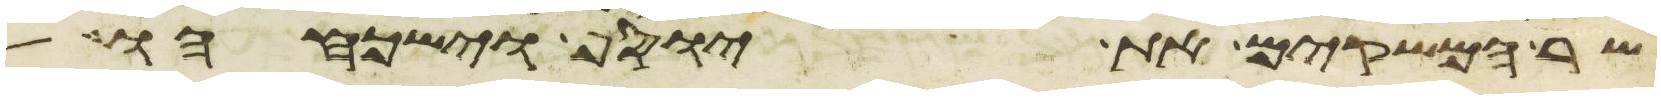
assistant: שר המשקים את יוסף וישכחהו